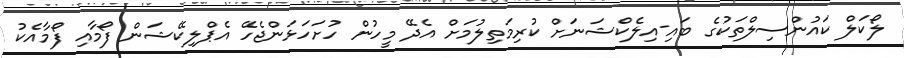
ލޯކަލް ކައުންސިލްތަކުގެ ބައި-އިލެކްޝަނަށް ކުރިމަތިލުމަށް އެދޭ މީހުން ހުށަހަޅަންޖެހޭ އެޕްލިކޭޝަން ފޯމާއި ފޯމާއެކު